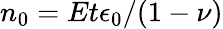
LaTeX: n_{0}=Et\epsilon_{0}/(1-\nu)